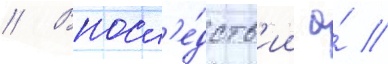
// Впосл'е́дств'ии а́ //